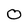
Character: O